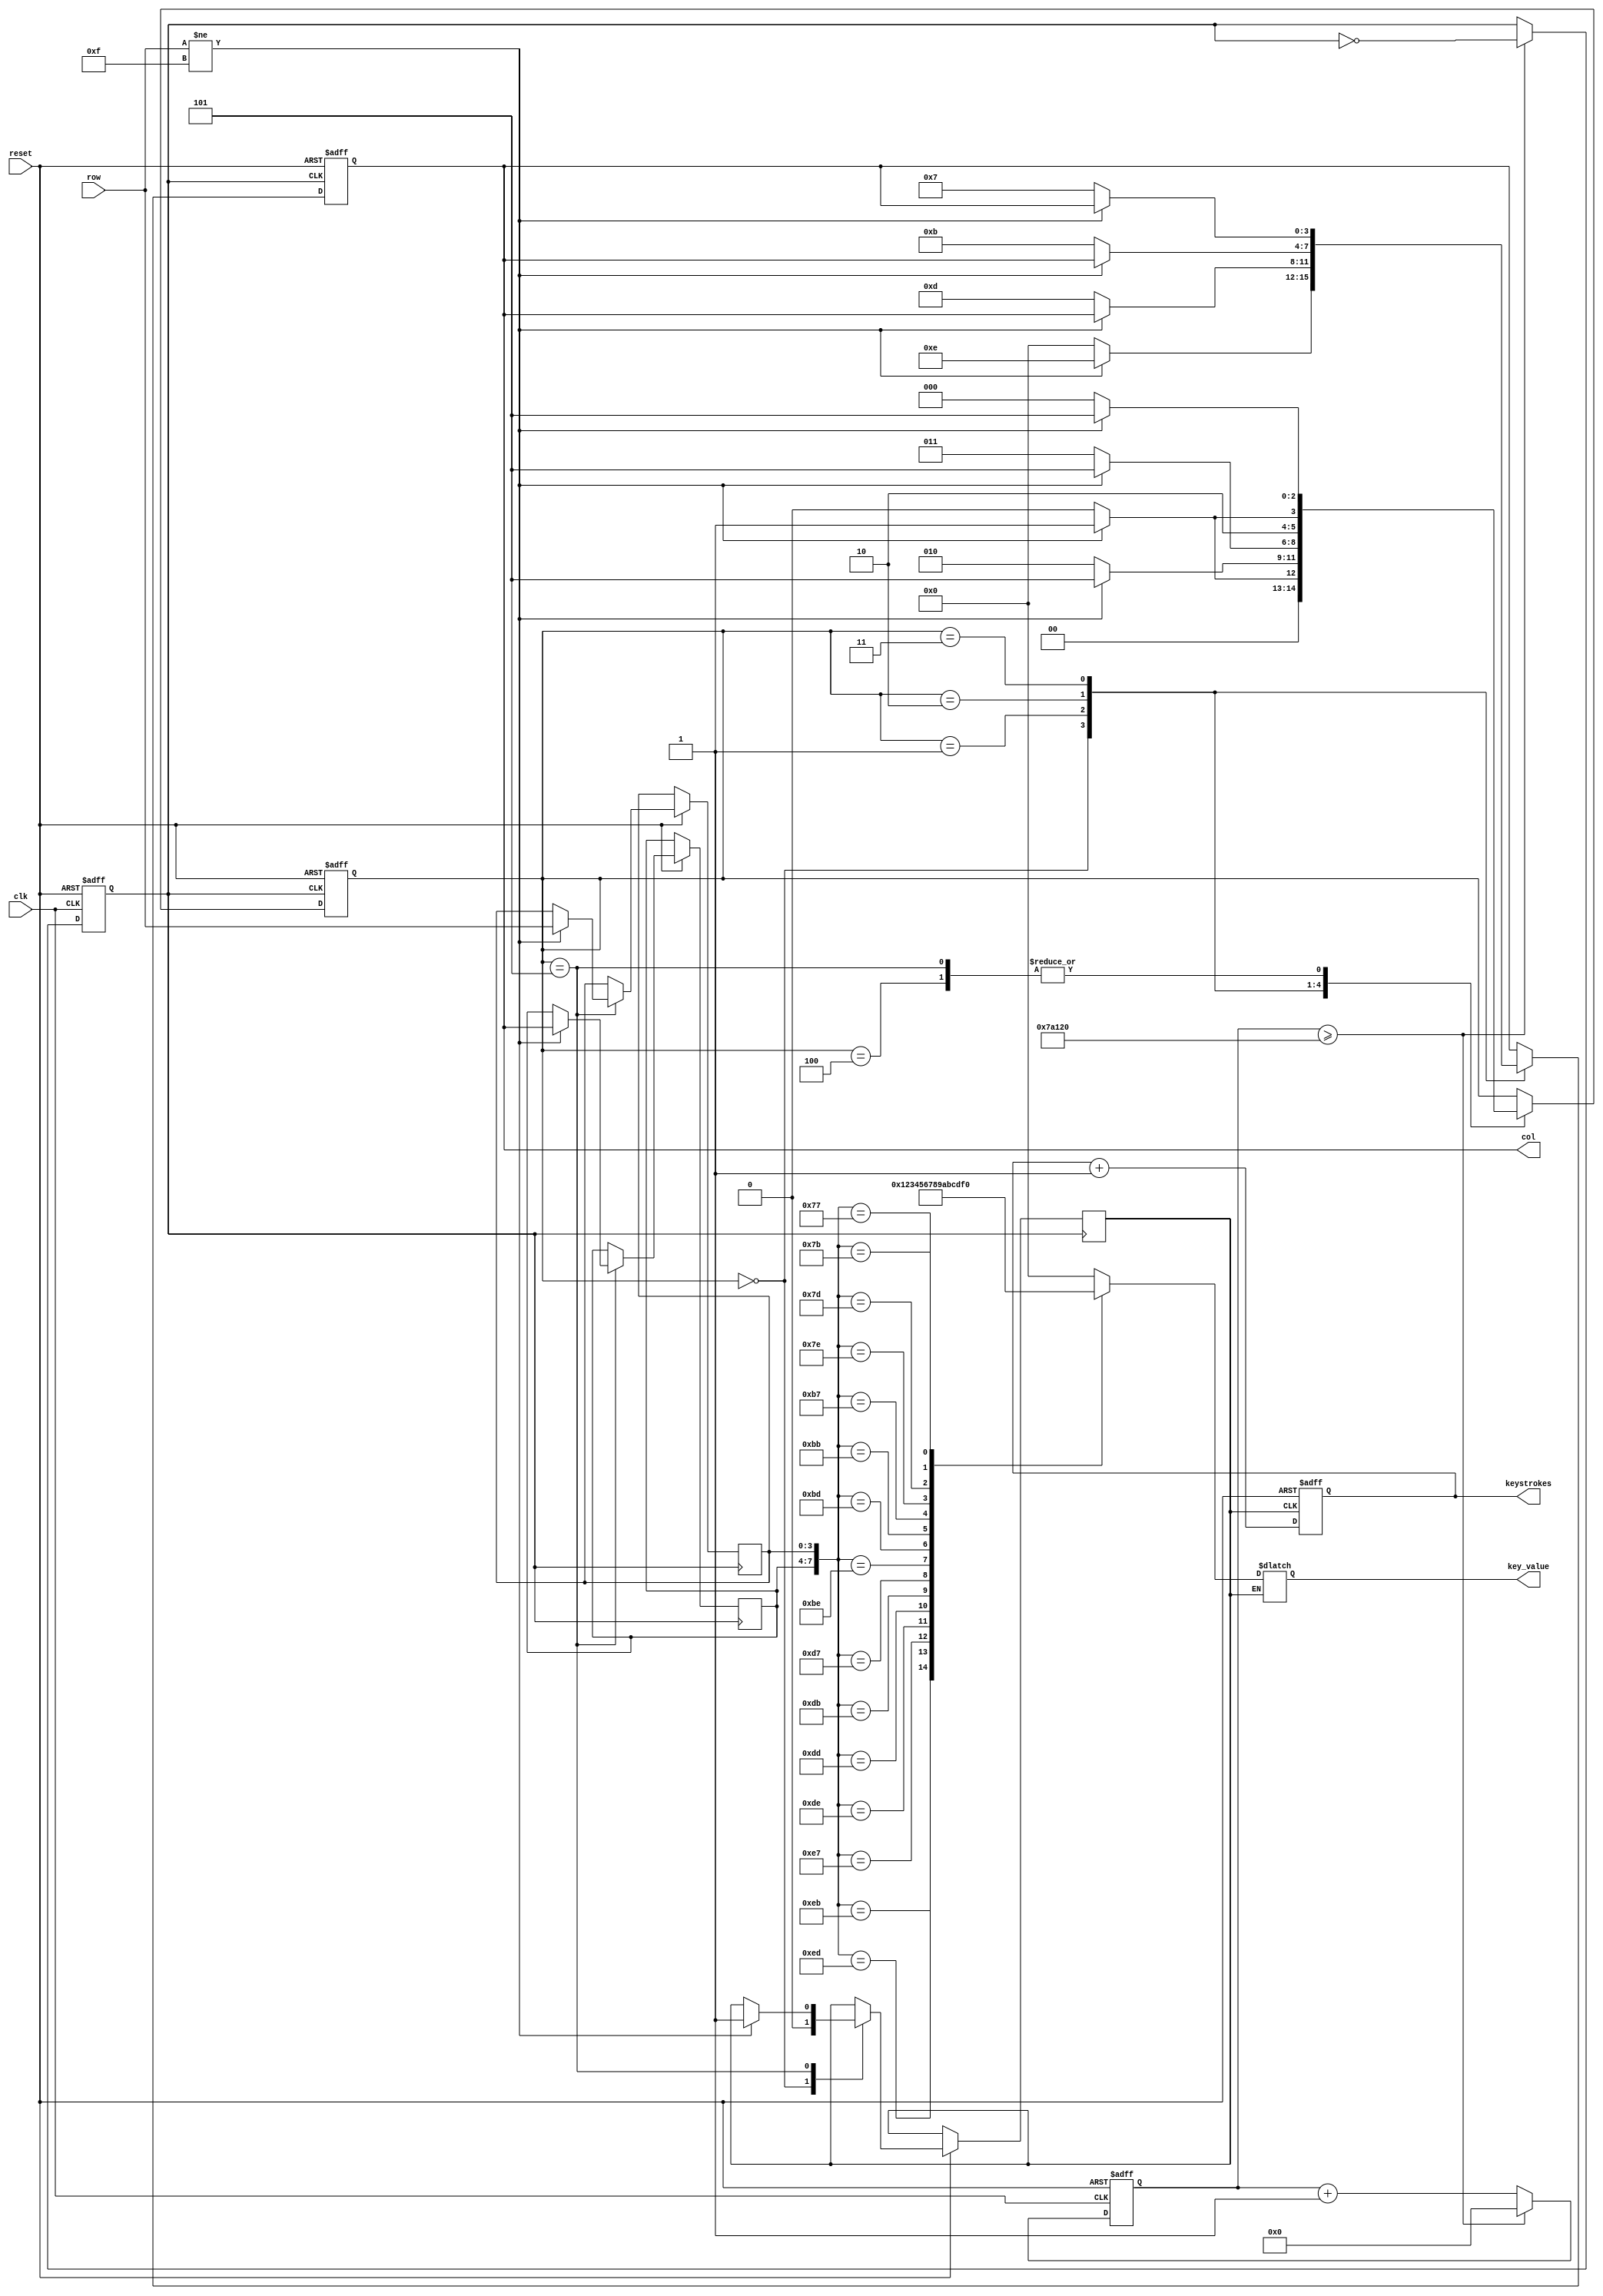
module keyboard_encoder(
    input clk,
    input reset,
    input [3:0] row,
    output reg [3:0] col,
    output reg [3:0] key_value,
    output reg [7:0] keystrokes
    );
    reg [19:0] count;//50hz  count=5,000,00  2^20=1,048,576
    reg [2:0] state;  //????????o??
    reg key_flag;   //??????1??o????
    reg clk_50hz;  //50HZ?o????D?o?
    
    reg [3:0] col_reg;  //??????|?????3?|????D?|?
    reg [3:0] row_reg;  //??????|?????3?|??DD?|?
    
    always @(posedge clk or negedge reset)
    if(!reset)
        begin
            clk_50hz<=0;
            count<=0;
        end
    else
        begin
        if(count>=500000)
            begin
                clk_50hz<=~clk_50hz;
                count<=0;
            end
        else count<=count+1;
        end

    always @(posedge clk_50hz or negedge reset)
    if(!reset)
        begin
            col<=4'b0000;
            state<=0;
        end
    else
    begin
        case (state)
            0: 
                begin
                    col[3:0]<=4'b0000;
                    key_flag<=1'b0;
                    if(row[3:0]!=4'b1111)
                        begin
                            state<=1;
                            col[3:0]<=4'b1110;
                        end //??D??1???????o??|?????|??2????DD
                    else state<=0;
                end
            1:
                begin
                if(row[3:0]!=4'b1111)
                    state<=5;   //?D???o?????o?|??2????DD
                else
                    begin
                        state<=2;
                        col[3:0]<=4'b1101;
                    end  //?|?????|??2?tDD
                end 
            2:
                begin    
                if(row[3:0]!=4'b1111)
                    state<=5;//?D???o?????o?|??2?tDD
                else
                    begin
                        state<=3;
                        col[3:0]<=4'b1011;
                    end  //?|?????|??2??yDD
                end
            3:
                begin    
                    if(row[3:0]!=4'b1111)
                        state<=5;//?D???o?????o?|??2??yDD
                    else
                        begin
                            state<=4;
                            col[3:0]<=4'b0111;
                        end  //?|?????|??2??DD
                end
            4:
                begin    
                    if(row[3:0]!=4'b1111)
                        state<=5;//?D???o?????o?|??2??DD
                    else  state<=0;
                end
        
            5:
                begin  
                    if(row[3:0]!=4'b1111) 
                        begin
                            col_reg<=col;  //??o????|???????D?|?
                            row_reg<=row;  //??o????|?????DD?|?
                            state<=5;
                            key_flag<=1'b1;  //??D??1??????
                        end
                    else
                        state<=0;
                end
        endcase
    end

    always @(clk_50hz or col_reg or row_reg or key_flag)
        begin
           if(key_flag==1'b1) 
                   begin
                        case ({col_reg,row_reg})
                             8'b1110_1110:key_value<=0; //1
                             8'b1110_1101:key_value<=1;  //2
                             8'b1110_1011:key_value<=2;  //3
                             8'b1110_0111:key_value<=3;  //10
                          
                             8'b1101_1110:key_value<=4;  //4
                             8'b1101_1101:key_value<=5;  //5
                             8'b1101_1011:key_value<=6;   //6
                             8'b1101_0111:key_value<=7;  //11
        
                             8'b1011_1110:key_value<=8;  //7
                             8'b1011_1101:key_value<=9;  //8
                             8'b1011_1011:key_value<=10;  //9
                             8'b1011_0111:key_value<=11;  //12
        
                             8'b0111_1110:key_value<=12;  //14
                             8'b0111_1101:key_value<=13;  //0
                             8'b0111_1011:key_value<=14;  //15
                             8'b0111_0111:key_value<=15;  //13
                             default:     key_value<=0;
                        endcase 
                 end   
      end  
    always@(posedge key_flag or negedge reset)
        if(!reset)
            keystrokes<=0;
        else
            begin
                keystrokes<=keystrokes+1;
            end
endmodule